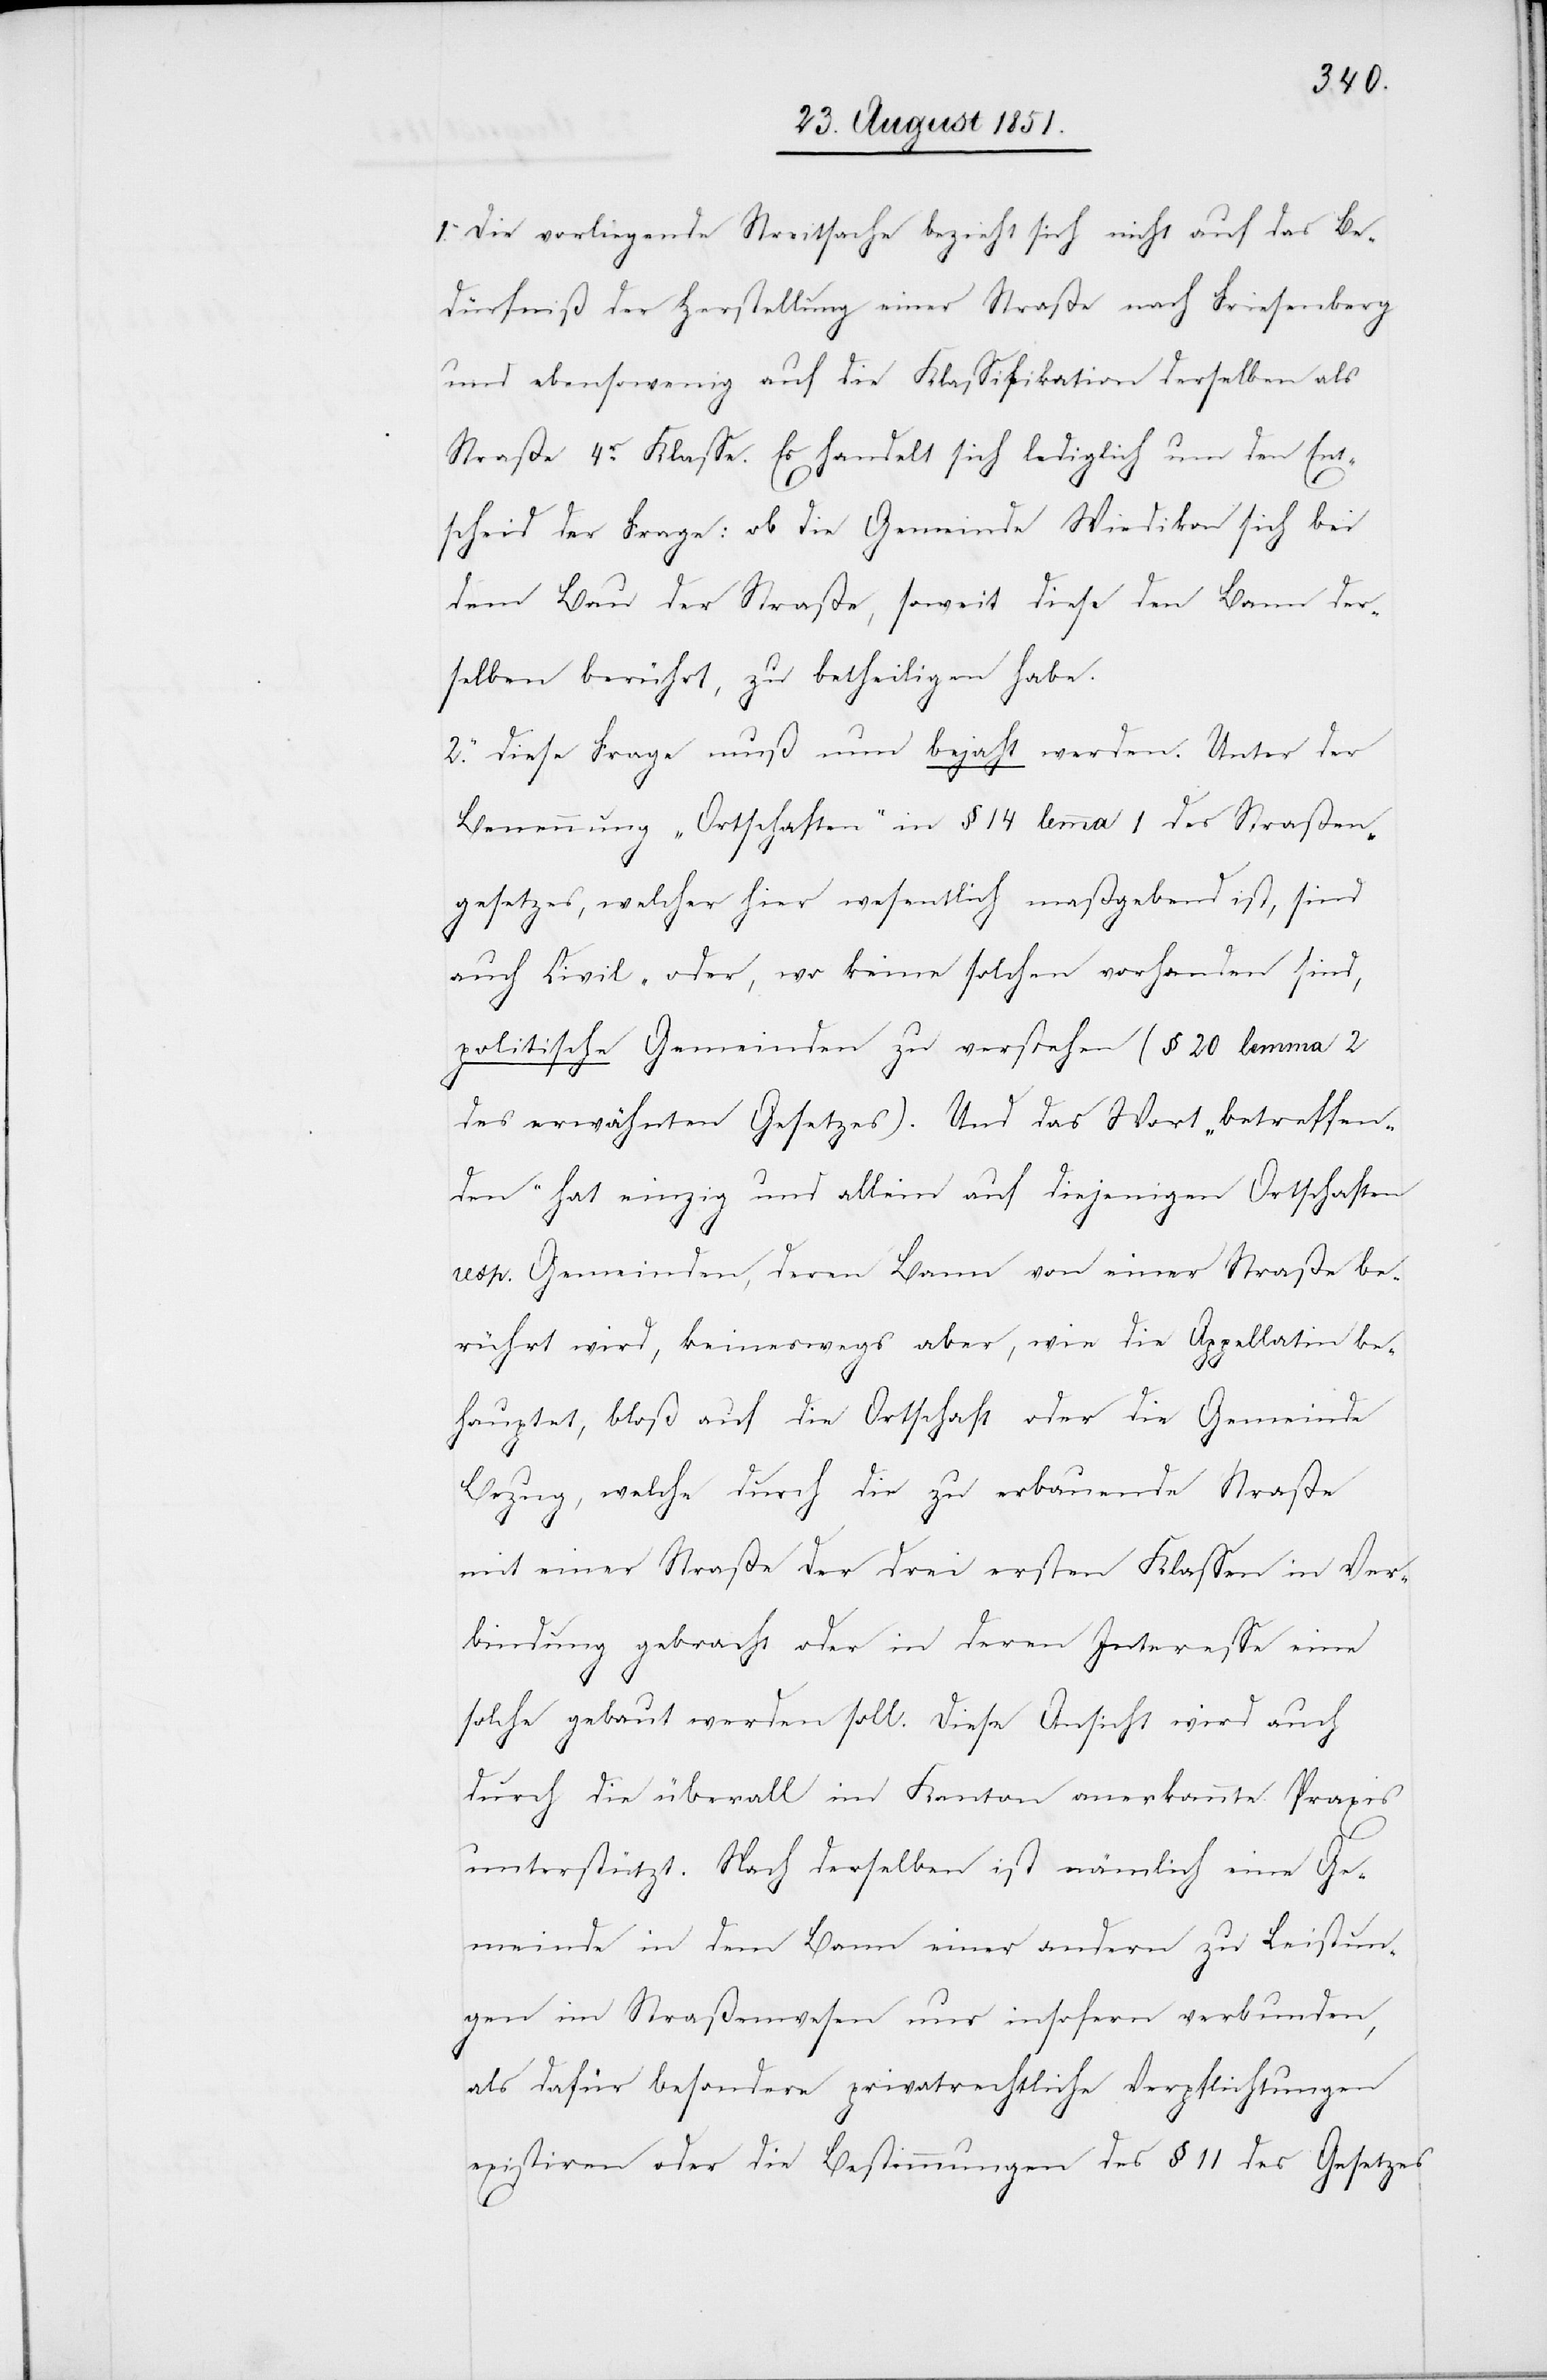
1. Die vorliegende Streitsache bezieht sich nicht auf das Be¬
dürfniß der Herstellung einer Straße nach Friesenberg
und ebensowenig auf die Klassifikation derselben als
Straße 4r. Klasse. Es handelt sich lediglich um den Ent¬
scheid der Frage: ob die Gemeinde Wiedikon sich bei
dem Bau der Straße, soweit diese den Bann der¬
selben berührt, zu betheiligen habe.
2. Diese Frage muß nun bejaht werden. Unter der
Benennung „Ortschaften“ in § 14 lemma 1 des Straßen¬
gesetzes, welcher hier wesentlich maßgebend ist, sind
auch Civil- oder, wo keine solchen vorhanden sind,
politische Gemeinden zu verstehen (§ 20 lemma 2
des erwähnten Gesetzes). Und das Wort „betreffen¬
den“ hat einzig und allein auf diejenigen Ortschaften
resp. Gemeinden, deren Bann von einer Straße be¬
rührt wird, keineswegs aber, wie die Appellatin be¬
hauptet, bloß auf die Ortschaft oder die Gemeinde
Bezug, welche durch die zu erbauende Straße
mit einer Straße der drei ersten Klassen in Ver¬
bindung gebracht oder in deren Interesse eine
solche gebaut werden soll. Diese Ansicht wird auch
durch die überall im Kanton anerkannte Praxis
unterstützt. Nach derselben ist nämlich eine Ge¬
meinde in dem Bann einer andern zu Leistun¬
gen im Straßenwesen nur insofern verbunden,
als dafür besondere privatrechtliche Verpflichtungen
existiren oder die Bestimmungen des § 11 des Gesetzes